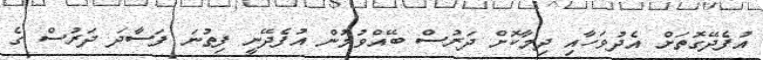
އުފެދޭގޮތަށް އެދުވަހާއި ދިމާކޮށް ދަރުސް ބޭއްވުމުން އުފެދޭނީ ފިތުނަ ފަސާދަ ދަރުސް ގެ